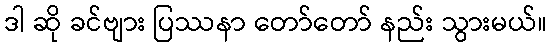
ဒါ ဆို ခင်ဗျား ပြဿနာ တော်တော် နည်း သွားမယ်။